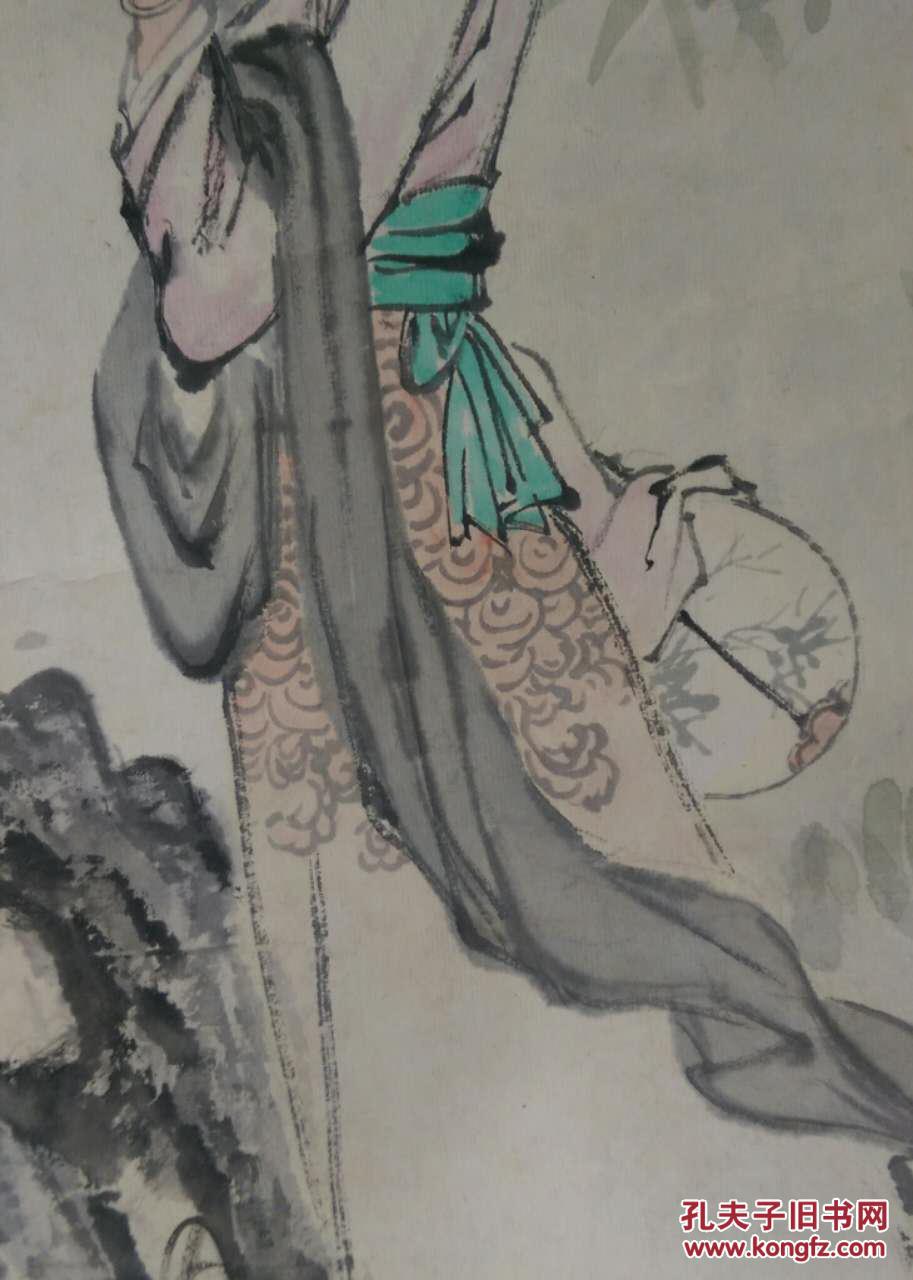
秾艳一枝细看取，芳心千重似束。